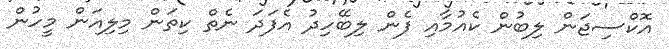
އޮކްސިޖަން ލިބުން ކެއުމާއި ފެން ލިބޭހިދު އެފަދަ ނެތް ކިތަން މިލިއަން މީހުން